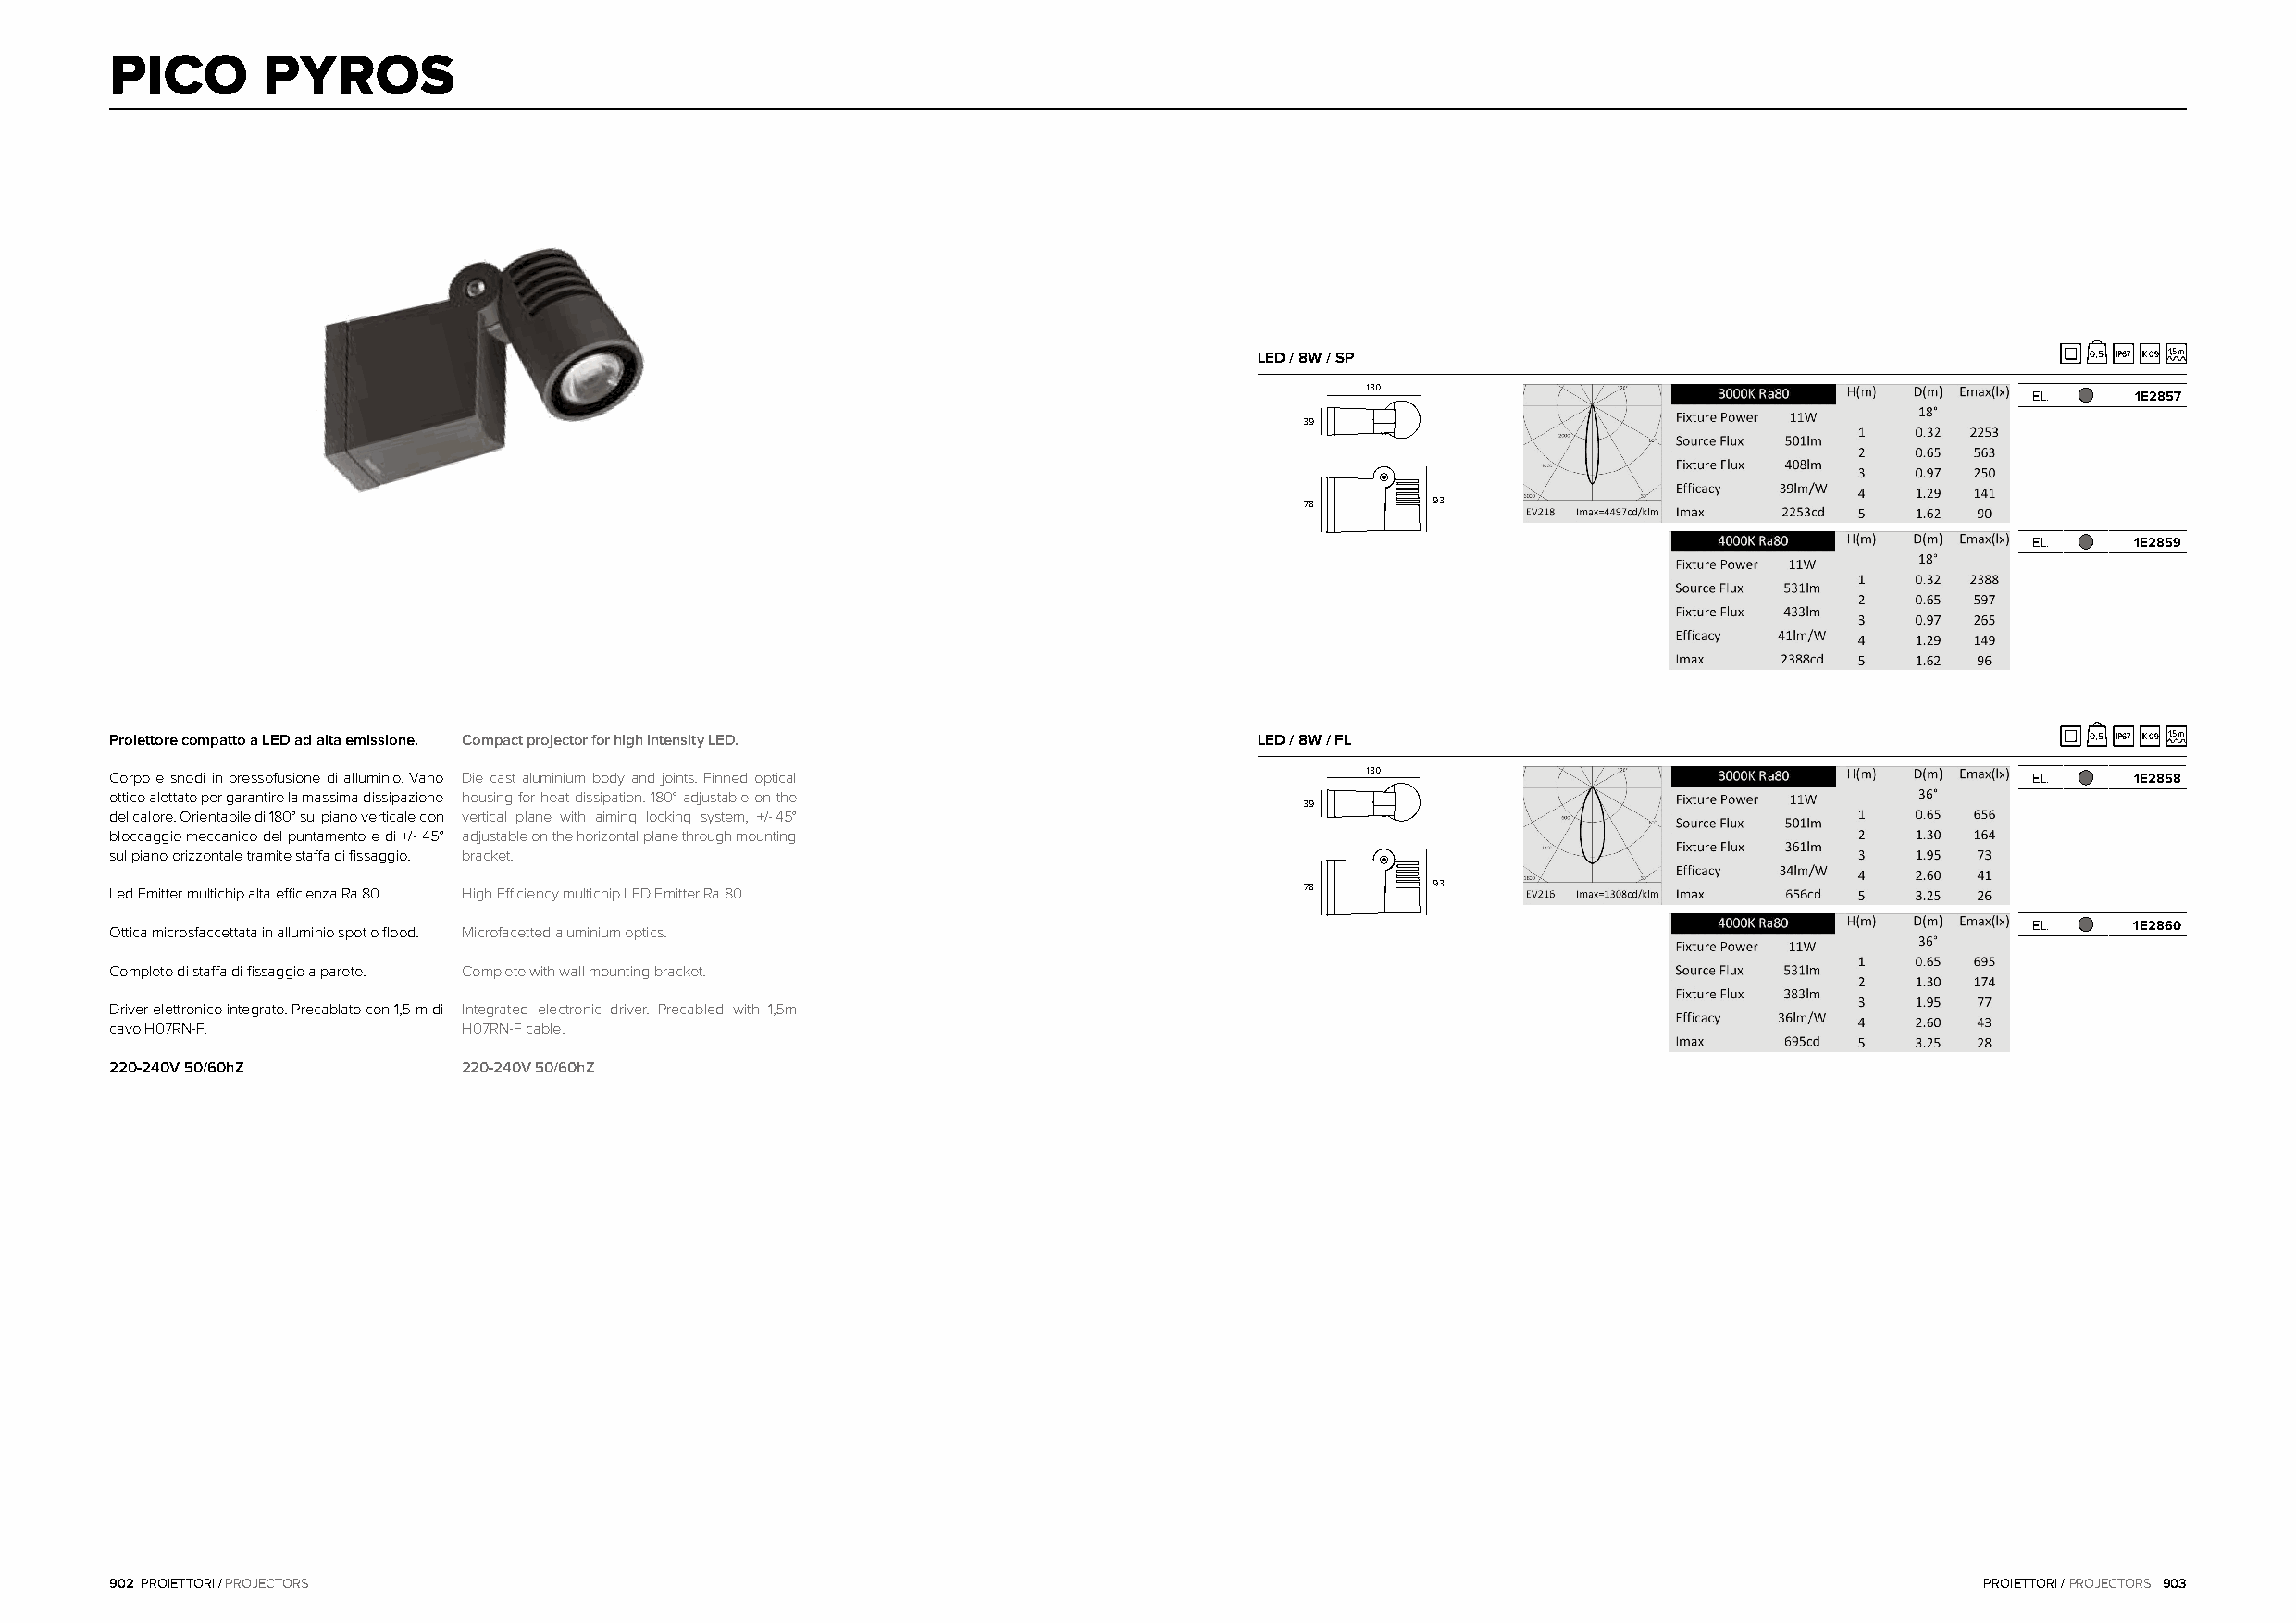
PICO       PYROS
 LED / 8W / SP                                              0,5 IP67 IK09 1,5m
 130
 EL.     1E2857
 39
 78       93
 EL.     1E2859
 Proiettore compatto a LED ad alta emissione. Compact projector for high intensity LED. LED / 8W / FL                                         0,5 IP67 IK09 1,5m
 Corpo e snodi in pressofusione di alluminio. Vano Die cast aluminium body and joints. Finned optical 130                                 EL.     1E2858
 ottico alettato per garantire la massima dissipazione housing for heat dissipation. 180° adjustable on the
 39
 del calore. Orientabile di 180° sul piano verticale con vertical plane with aiming locking system, +/-45°
 bloccaggio meccanico del puntamento e di +/- 45° adjustable on the horizontal plane through mounting
 sul piano orizzontale tramite staffa di fissaggio. bracket.
 Led Emitter multichip alta efficienza Ra 80. High Efficiency multichip LED Emitter Ra 80. 78  93
 EL.     1E2860
 Ottica microsfaccettata in alluminio spot o flood. Microfacetted aluminium optics.
 Completo di staffa di fissaggio a parete. Complete with wall mounting bracket.
 Driver elettronico integrato. Precablato con 1,5 m di Integrated electronic driver. Precabled with 1,5m
 cavo H07RN-F.            H07RN-F cable.
 220-240V 50/60hZ         220-240V 50/60hZ
 902 PROIETTORI / PROJECTORS                                                                                                           PROIETTORI / PROJECTORS 903